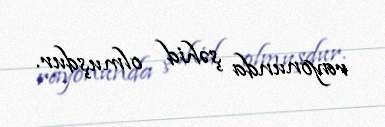
rayonunda şəhid olmuşdur.